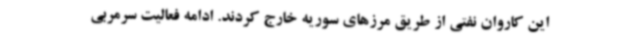
این کاروان نفتی از طریق مرزهای سوریه خارج کردند. ادامه فعالیت سرمربی